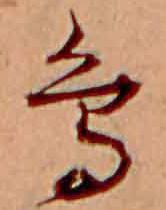
鳥